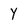
Character: y